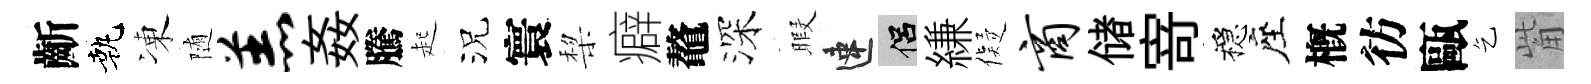
齗執凍随羔姦騰起況寰棃癖鼇深暇速侣縑儗商储𭔃穩座槪彷甌乞觜